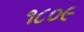
૧૮૦૯